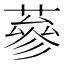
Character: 蔘